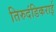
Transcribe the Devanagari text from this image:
तिरुदंडिकराई